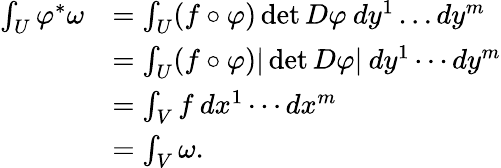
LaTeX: \begin{array}{rl}{\int_{U}\varphi^{*}\omega}&{=\int_{U}(f\circ\varphi)\operatorname*{det}D\varphi\: dy^{1}\dots dy^{m}}\\ &{=\int_{U}(f\circ\varphi)\vert\operatorname*{det}D\varphi\vert\: dy^{1}\cdots dy^{m}}\\ &{=\int_{V}f\: dx^{1}\cdots dx^{m}}\\ &{=\int_{V}\omega.}\end{array}